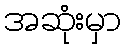
အဆုံးမှာ